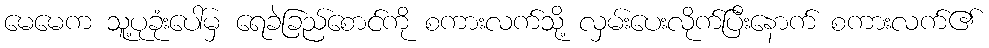
မေမေက သူ့ပုခုံးပေါ်မှ ရေခဲခြည်စောင်ကို စကားလက်သို့ လှမ်းပေးလိုက်ပြီးနောက် စကားလက်၏